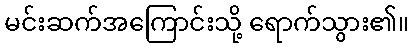
မင်းဆက်အကြောင်းသို့ ရောက်သွား၏။